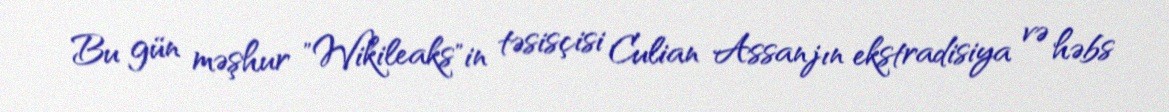
Bu gün məşhur "Wikileaks"in təsisçisi Culian Assanjın ekstradisiya və həbs